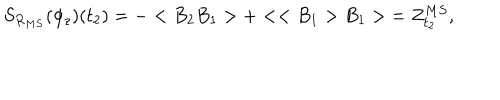
S _ { R _ { M S } } ( \phi _ { z } ) ( t _ { 2 } ) = - < B _ { 2 } B _ { 1 } > + < < B _ { 1 } > B _ { 1 } > : = Z _ { t _ { 2 } } ^ { M S } ,